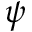
\psi